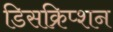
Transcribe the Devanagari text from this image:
डिसक्रिप्शन